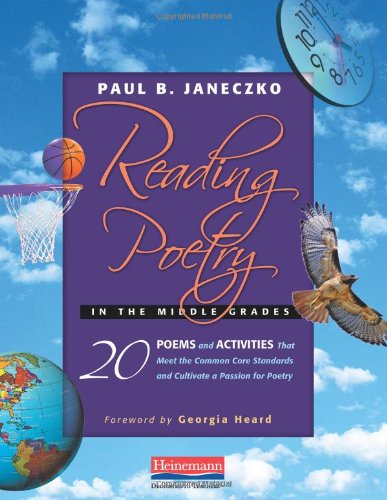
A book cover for Reading Poetry in the Middle Grades: 20 Poems and Activities That Meet the Common Core Standards and Cultivate a Passion for Poetry; Paul B. Janeczko; Education & Teaching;